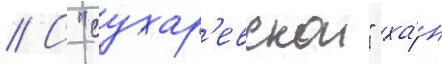
// С "сухар'евскои" ха́н